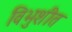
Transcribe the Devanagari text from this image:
विभुशीत